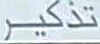
تذكر